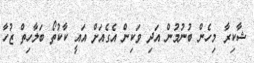
ޝާކިރާ މިހެން ބުނުމުން އަދި ވަކިން އެގެއަށް އައީ ކާކުތޯ ބަލާހިތް ޒުހާ